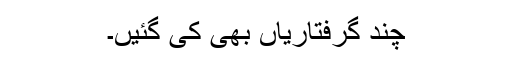
چند گرفتاریاں بھی کی گئیں۔